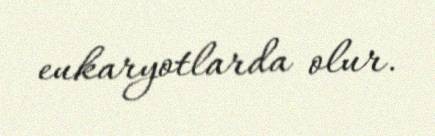
eukaryotlarda olur.